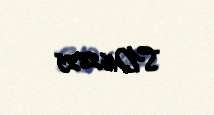
SD162825